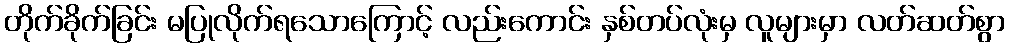
တိုက်ခိုက်ခြင်း မပြုလိုက်ရသောကြောင့် လည်းကောင်း နှစ်တပ်လုံးမှ လူများမှာ လတ်ဆတ်စွာ